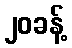
၂၀ခန့်